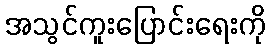
အသွင်ကူးပြောင်းရေးကို